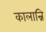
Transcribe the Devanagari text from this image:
कालान्नि